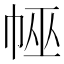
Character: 𢃀